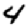
Digit: 4